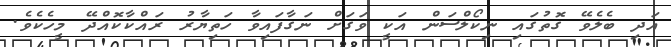
އަދި ބެލެވޭ ގޮތުގައި ނިކޯލްސަން އަކީ ވަގަށް ނަގާފައިވާ ހަތިޔާރު ރައްކާކޮއްދޭ މީހެކެވެ.